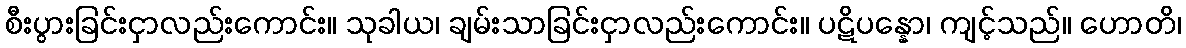
စီးပွားခြင်းငှာလည်းကောင်း။ သုခါယ၊ ချမ်းသာခြင်းငှာလည်းကောင်း။ ပဋိပန္နော၊ ကျင့်သည်။ ဟောတိ၊